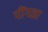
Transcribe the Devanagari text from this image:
पींगळा